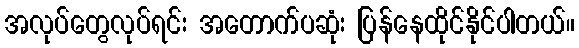
အလုပ်တွေလုပ်ရင်း အတောက်ပဆုံး ပြန်နေထိုင်နိုင်ပါတယ်။